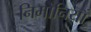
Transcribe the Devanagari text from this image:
निमोनियाँ